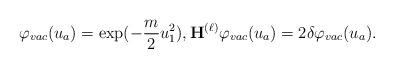
LaTeX: \begin{align*} \varphi_{vac}(u_a) = \exp ( -\frac{m}{2} u_1^2 ), {\bf H}^{(\ell)} \varphi_{vac}(u_a) = 2\delta \varphi_{vac}(u_a). \end{align*}